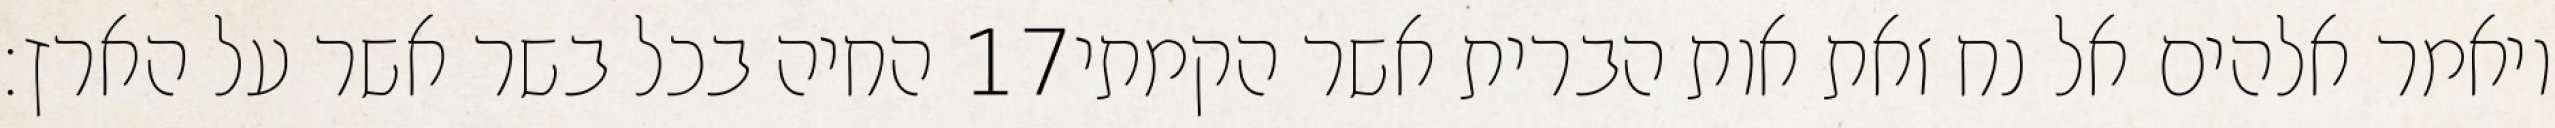
החיה בכל בשר אשר על הארץ׃ ‎17‏ ויאמר אלהים אל נח זאת אות הברית אשר הקמתי